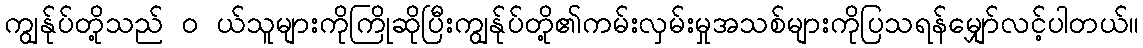
ကျွန်ုပ်တို့သည် ၀ ယ်သူများကိုကြိုဆိုပြီးကျွန်ုပ်တို့၏ကမ်းလှမ်းမှုအသစ်များကိုပြသရန်မျှော်လင့်ပါတယ်။